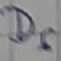
Text: D5